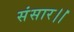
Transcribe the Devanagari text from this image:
संसार।।